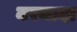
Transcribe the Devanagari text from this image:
नरमादा